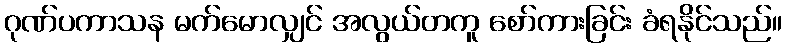
ဂုဏ်ပကာသန မက်မောလျှင် အလွယ်တကူ စော်ကားခြင်း ခံရနိုင်သည်။